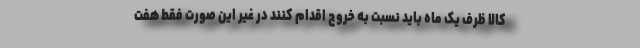
کالا ظرف یک ماه باید نسبت به خروج اقدام کنند در غیر این صورت فقط هفت